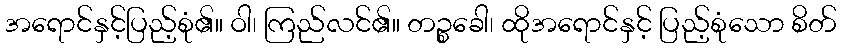
အရောင်နှင့်ပြည့်စုံ၏။ ဝါ၊ ကြည်လင်၏။ တဉ္စခေါ၊ ထိုအရောင်နှင့် ပြည့်စုံသော စိတ်